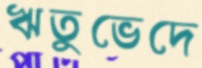
ঋতুভেদে